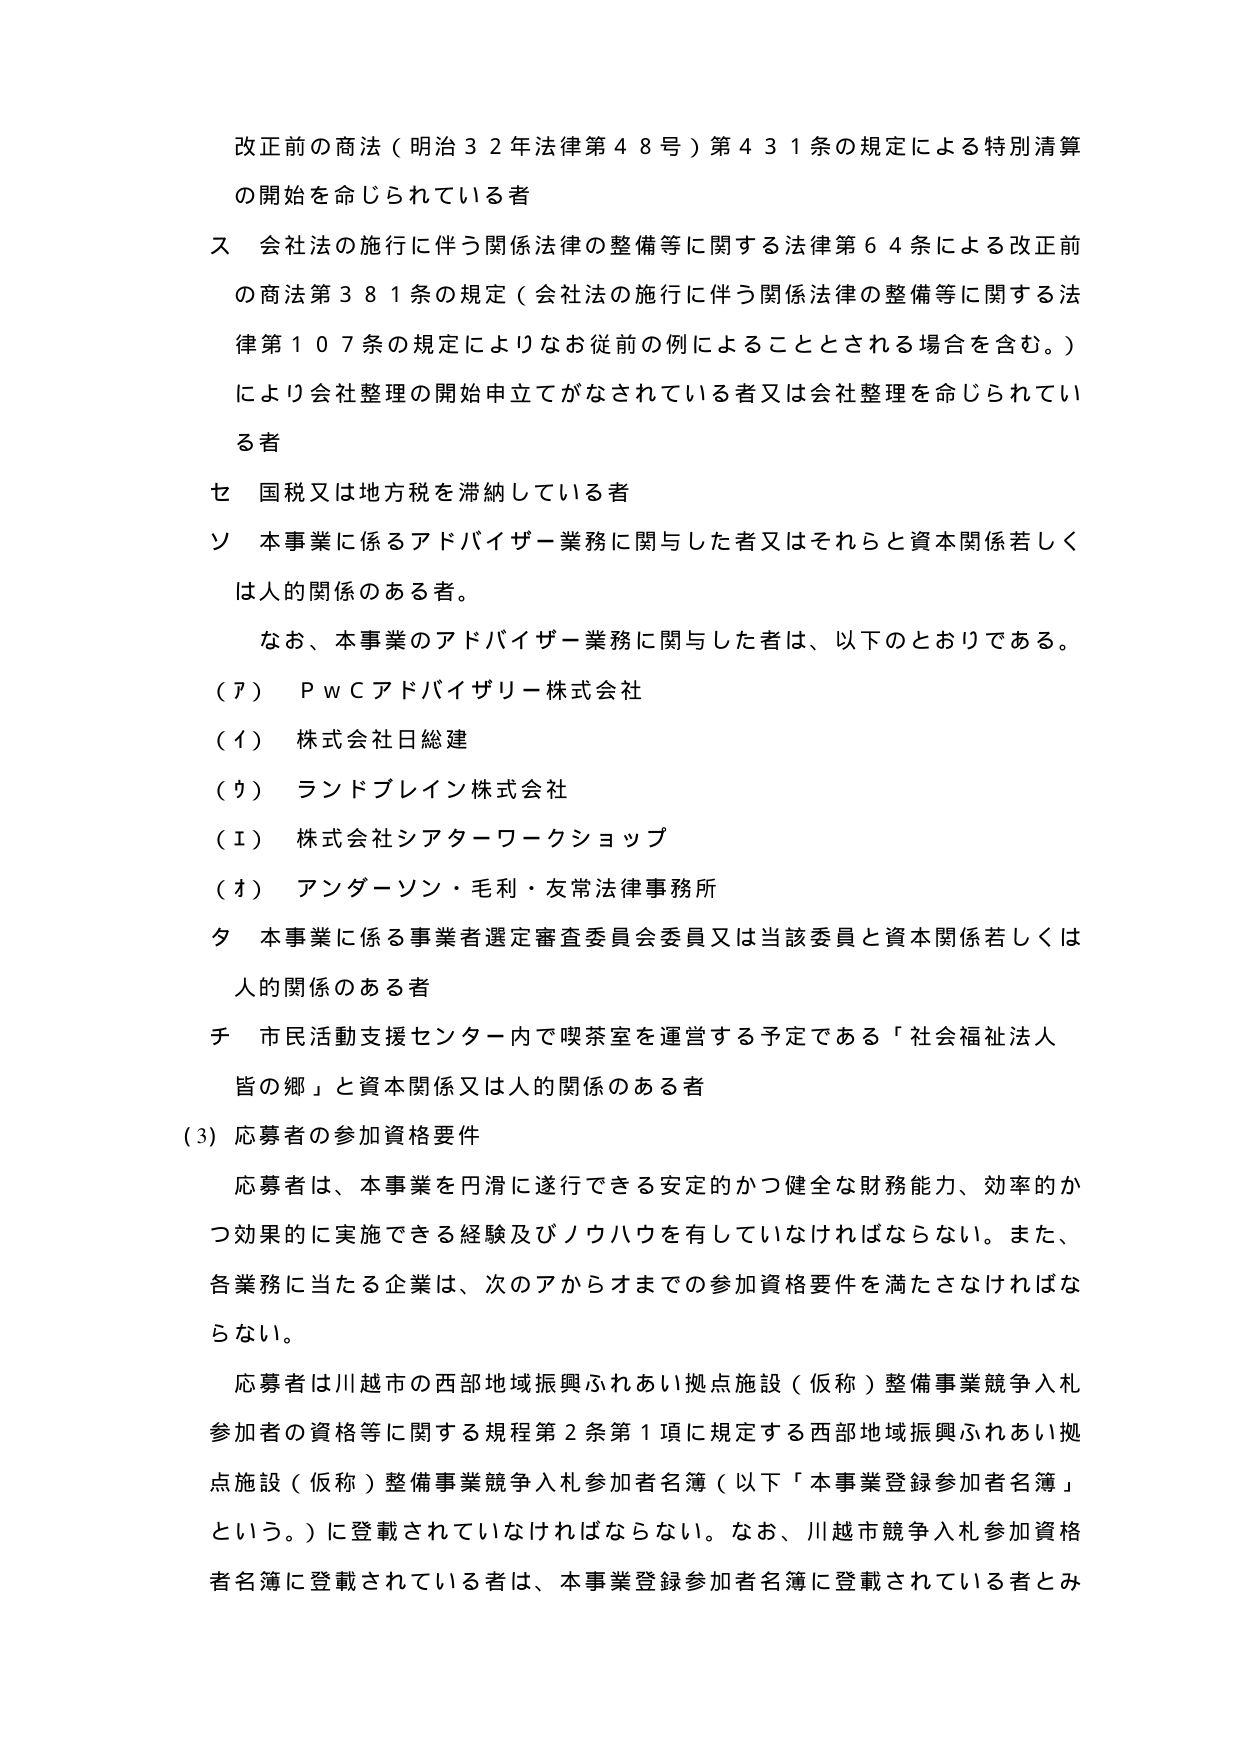
改正前の商法（明治３２年法律第４８号）第４３１条の規定による特別清算の開始を命じられている者

ス 会社法の施行に伴う関係法律の整備等に関する法律第６４条による改正前の商法第３８１条の規定（会社法の施行に伴う関係法律の整備等に関する法律第１０７条の規定によりなお従前の例によることとされる場合を含む。）により会社整理の開始申立がなされている者又は会社整理を命じられている者

セ 国税又は地方税を滞納している者

ソ 本事業に係るアドバイザー業務に関与した者又はそれらと資本関係若しくは人的関係のある者。

　なお、本事業のアドバイザー業務に関与した者は、以下のとおりである。

（ア）ＰｗＣアドバイザリー株式会社

（イ）株式会社日総建

（ウ）ランドブレイン株式会社

（エ）株式会社シアターワークショップ

（オ）アンダーソン・毛利・友常法律事務所

タ 本事業に係る事業者選定審査委員会委員又は当該委員と資本関係若しくは人的関係のある者

チ 市民活動支援センター内で喫茶室を運営する予定である「社会福祉法人皆の郷」と資本関係又は人的関係のある者

（3）応募者の参加資格要件

　応募者は、本事業を円滑に遂行できる安定的かつ健全な財務能力、効率的かつ効果的に実施できる経験及びノウハウを有していなければならない。また、各業務に当たる企業は、次のアからオまでの参加資格要件を満たさなければならない。

　応募者は川越市の西部地域振興ふれあい拠点施設（仮称）整備事業競争入札参加者の資格等に関する規程第２条第１項に規定する西部地域振興ふれあい拠点施設（仮称）整備事業競争入札参加者名簿（以下「本事業登録参加者名簿」という。）に登載されていなければならない。なお、川越市競争入札参加資格者名簿に登載されている者は、本事業登録参加者名簿に登載されている者とみ